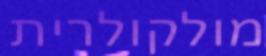
מולקולרית